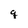
Character: q